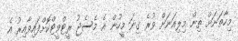
މިހާތަނަށް ތިން މިލިއަނަށް ވުރެ ގިނަ މީހުން އެ މެސެޖު ރީޓްވީޓްކޮށްފައިވާއިރު އެ